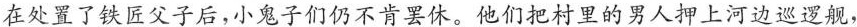
在处置了铁匠父子后,小鬼子们仍不肯罢休。他们把村里的男人押上河边巡逻舰，